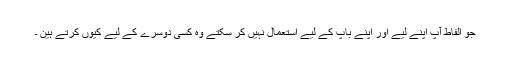
جو الفاط آپ اپنے لیے اور اپنے باپ کے لیے استعمال نہیں کر سکتے وہ کسی دوسرے کے لیے کیوں کرتے ہین ۔